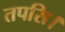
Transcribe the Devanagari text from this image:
तपसि।